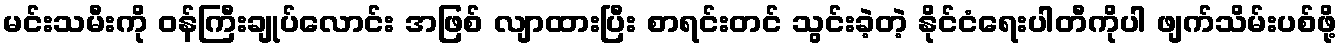
မင်းသမီးကို ဝန်ကြီးချုပ်လောင်း အဖြစ် လျာထားပြီး စာရင်းတင် သွင်းခဲ့တဲ့ နိုင်ငံရေးပါတီကိုပါ ဖျက်သိမ်းပစ်ဖို့